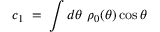
c _ { 1 } \; = \; \int d \theta ~ \rho _ { 0 } ( \theta ) \cos { \theta }